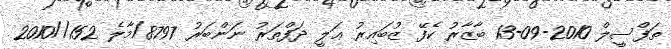
ތަފްސީލް 2010-09-13 ބާޒާރު ކެފޭ ޒުބައިރު ޢަލީ ދަފްތަރު ނަންބަރު 8797/މާލެ 152//2010